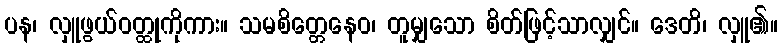
ပန၊ လှူဖွယ်ဝတ္ထုကိုကား။ သမစိတ္တေနေဝ၊ တူမျှသော စိတ်ဖြင့်သာလျှင်။ ဒေတိ၊ လှူ၏။